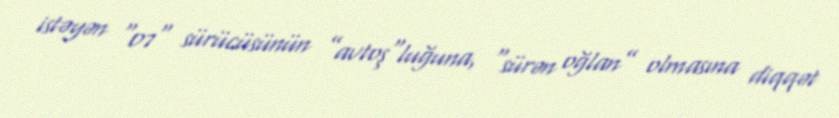
istəyən “07" sürücüsünün ”avtoş"luğuna, “sürən oğlan” olmasına diqqət